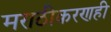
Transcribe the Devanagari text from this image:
मराठीकरणही